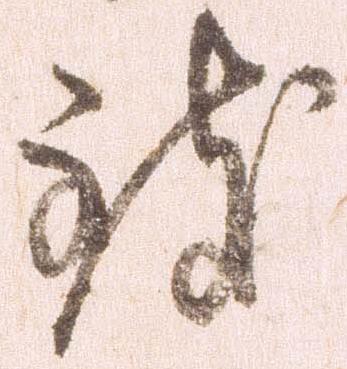
致